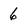
Character: 6